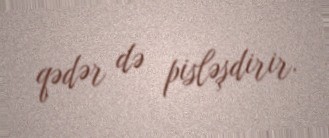
qədər də pisləşdirir.